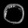
Digit: ၀